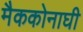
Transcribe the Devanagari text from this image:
मैककोनाघी